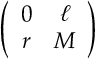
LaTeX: \left( \begin{array} { c c } { { 0 } } & { { \ell } } \\ { { r } } & { { M } } \end{array} \right)